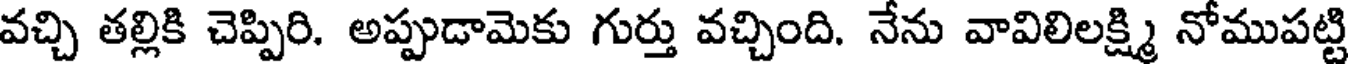
వచ్చి తల్లికి చెప్పిరి. అప్పుడామెకు గుర్తు వచ్చింది. నేను వావిలిలక్ష్మి నోముపట్టి